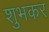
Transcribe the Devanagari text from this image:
शुभकर